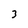
Character: 3